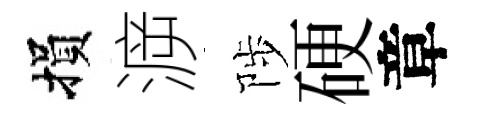
損㴑陟硬章